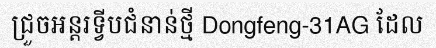
ជ្រួចអន្តរទ្វីបជំនាន់ថ្មី Dongfeng-31AG ដែល